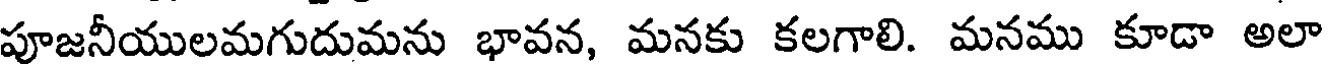
పూజనీయులమగుదుమను భావన, మనకు కలగాలి. మనము కూడా అలా